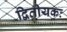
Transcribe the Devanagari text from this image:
द्वितीयकः